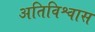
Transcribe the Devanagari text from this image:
अतिविश्वास